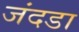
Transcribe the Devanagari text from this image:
जंदडा